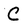
Character: C